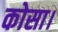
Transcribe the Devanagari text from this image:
कोसा।